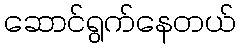
ဆောင်ရွက်နေတယ်